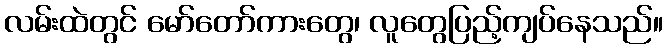
လမ်းထဲတွင် မော်တော်ကားတွေ၊ လူတွေပြည့်ကျပ်နေသည်။